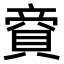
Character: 𧶜